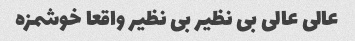
عالی عالی بی نظیر بی نظیر واقعا خوشمزه